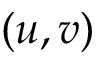
( u , v )